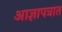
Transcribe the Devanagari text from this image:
आज्ञापत्रात